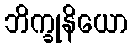
ဘိက္ခုနိယော